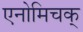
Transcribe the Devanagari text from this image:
एनोमिचक्